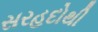
સરહદોથી